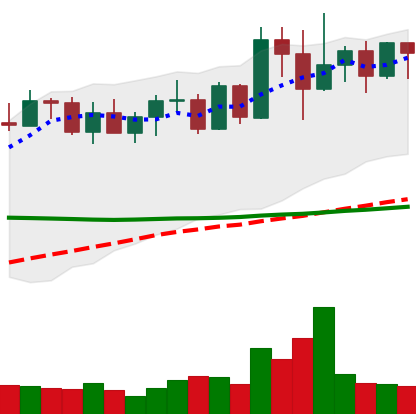
Ticker: XMR-USD
Chart end date: 2022-04-16
Forward return: 18.244%
Label: up_7plus